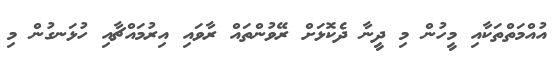
އުއްމަތްތަކާއި މީހުން މި ދީނާ ދެކޮޅަށް ރޭވުންތައް ރާވައި އިރުމައްޗާއި ހުޅަނގުން މި